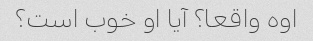
اوه واقعا؟ آیا او خوب است؟